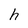
Character: h